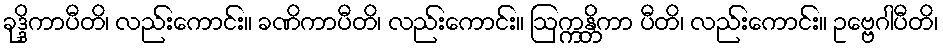
ခုဒ္ဒိကာပီတိ၊ လည်းကောင်း။ ခဏိကာပီတိ၊ လည်းကောင်း။ ဩက္ကန္တိကာ ပီတိ၊ လည်းကောင်း။ ဥဗ္ဗေဂါပီတိ၊